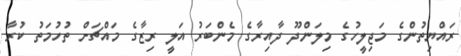
ރައްޔިތުންގެ މަޖިލީހުގެ މިލަންދޫ ދާއިރާގެ މެންބަރު އަލީ ރިޒާގެ މައްޗަށް ތުހުމަތު ކުރާ